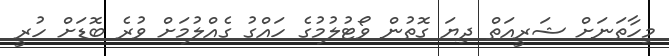
މިހާތަނަށް ޝަރީއަތް ދިޔަ ގޮތުން ވޯޓުލުމުގެ ހައްގު ގެއްލުމަށް ވުރެ ބޮޑަށް ހުރީ